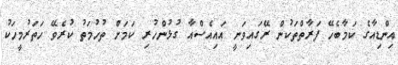
އިންޑިއާގެ ކަމާބެހޭ ފަރާތްތަކުން ރޭގައިވަނީ އައިއެސްއާ ގުޅުންހުރި ކަމަށް ތުހުމަތު ކުރެވޭ ހަތަރުމީހަކު